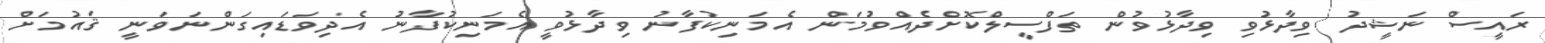
ރައީސް ނަޝީދު ވިދާޅުވި ވިދާޅުވުން ތަފްސީލްކޮށްދެއްވުމަން އެމަނިކުފާނު ވިދާޅުވީ އެމަނިކުފާނު އެދިވަޑައިގަންނަވަނީ ޤައުމަށް